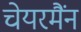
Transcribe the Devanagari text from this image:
चेयरमैंन